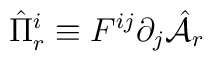
\hat{\Pi}^i_r\equiv F^{ij}\partial_j \hat{\cal A}_r